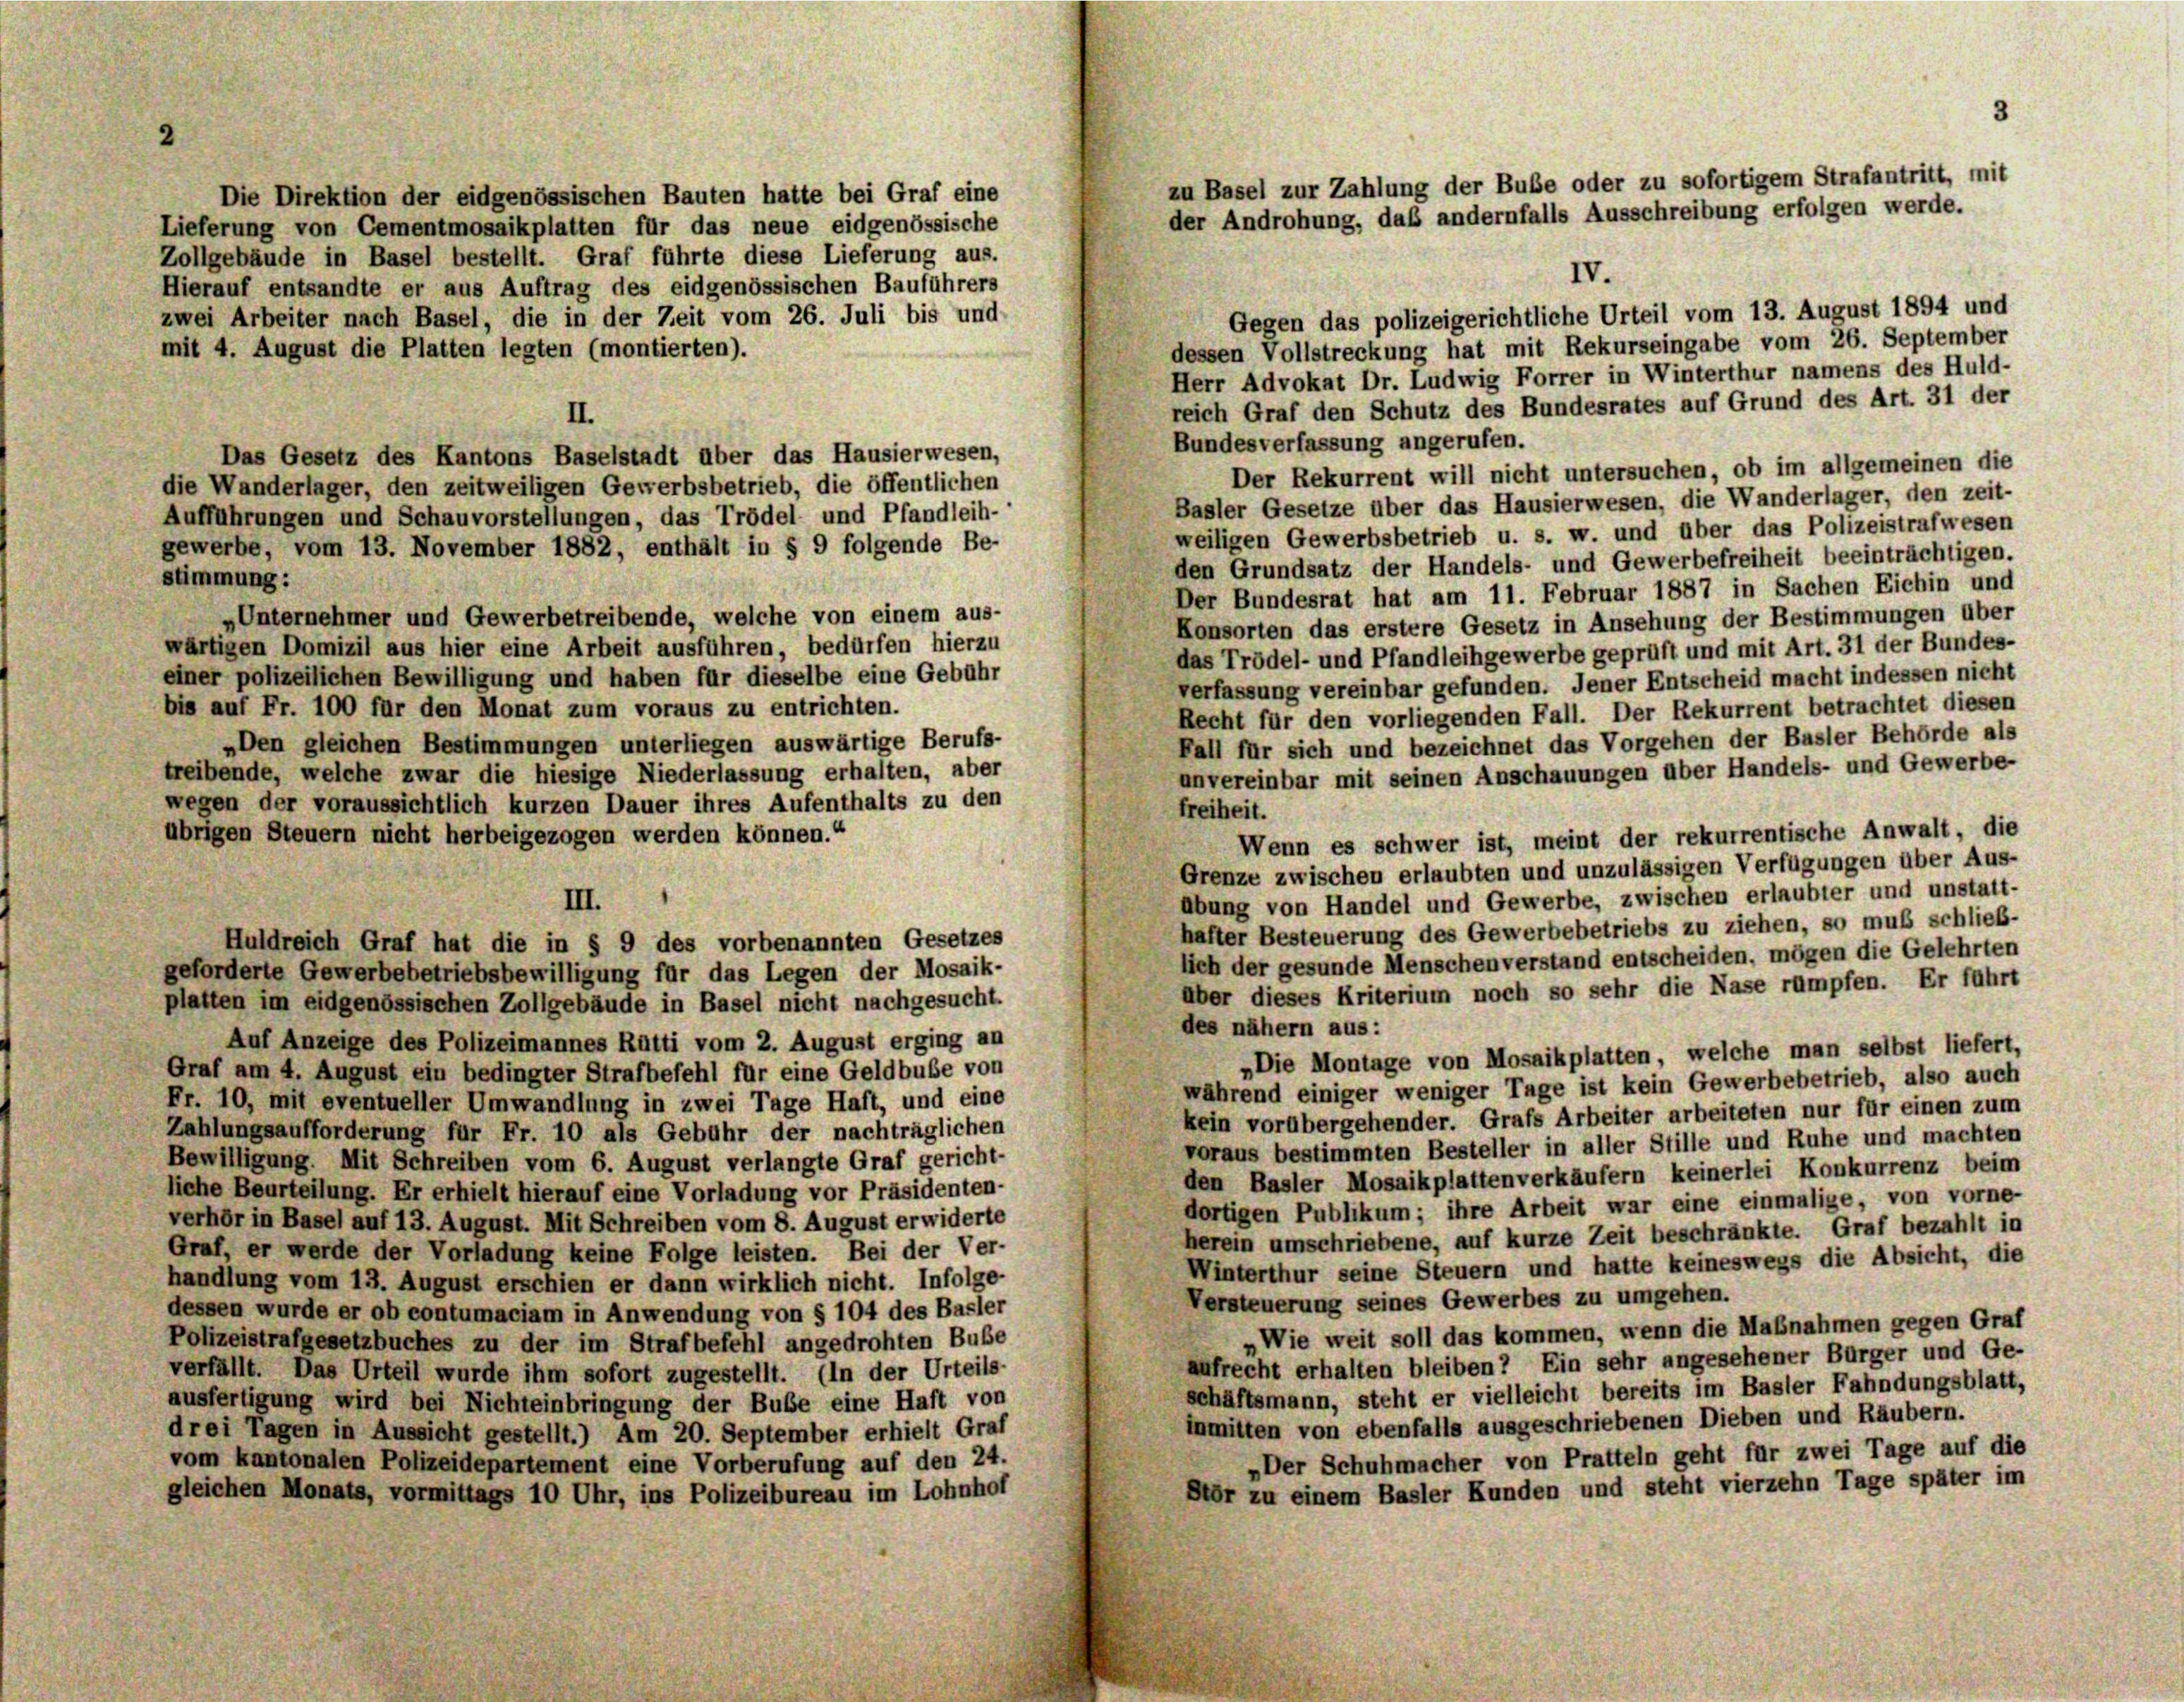
Die Direktion der eidgenössischen Bauten hatte bei Graf eine
Lieferung von Cementmosaikplatten für das neue eidgenössische
Zollgebäude in Basel bestellt. Graf führte diese Lieferung aus.
Hierauf entsandte er aus Auftrag des eidgenössischen Bauführers
Gegen das polizeigerichtliche Urteil vom 13. August 1894 und
zwei Arbeiter nach Basel, die in der Zeit vom 26. Juli bis und
dessen Vollstreckung hat mit Rekurseingabe vom 26. September
mit 4. August die Platten legten (montierten).
Herr Advokat Dr. Ludwig Forrer in Winterthur namens des Huld-
reich Graf den Schutz des Bundesrates auf Grund des Art. 31 der
II.
Bundesverfassung angerufen.
Das Gesetz des Kantons Baselstadt über das Hausierwesen,
Der Rekurrent will nicht untersuchen, ob im allgemeinen die
die Wanderlager, den zeitweiligen Gewerbsbetrieb, die öffentlichen
Basler Gesetze über das Hausierwesen, die Wanderlager, den zeit-
Aufführungen und Schauvorstellungen, das Trödel und Pfandleih-
weiligen Gewerbsbetrieb u. s. w. und über das Polizeistrafwesen
gewerbe, vom 13. November 1882, enthält in § 9 folgende Be-
den Grundsatz der Handels- und Gewerbefreiheit beeinträchtigen.
stimmung:
Der Bundesrat hat am 11. Februar 1887 in Sachen Eichin und
„Unternehmer und Gewerbetreibende, welche von einem aus-
Konsorten das erstere Gesetz in Ansehung der Bestimmungen über
wärtigen Domizil aus hier eine Arbeit ausführen, bedürfen hierzu
das Trödel- und Pfandleihgewerbe geprüft und mit Art. 31 der Bundes-
einer polizeilichen Bewilligung und haben für dieselbe eine Gebühr
verfassung vereinbar gefunden. Jener Entscheid macht indessen nicht
bis auf Fr. 100 für den Monat zum voraus zu entrichten.
Recht für den vorliegenden Fall. Der Rekurrent betrachtet diesen
Fall für sich und bezeichnet das Vorgehen der Basler Behörde als
„Den gleichen Bestimmungen unterliegen auswärtige Berufs-
unvereinbar mit seinen Anschauungen über Handels- und Gewerbe-
treibende, welche zwar die hiesige Niederlassung erhalten, aber
wegen der voraussichtlich kurzen Dauer ihres Aufenthalts zu den
freiheit.
übrigen Steuern nicht herbeigezogen werden können.“
Wenn es schwer ist, meint der rekurrentische Anwalt, die
Grenze zwischen erlaubten und unzulässigen Verfügungen über Aus-
Abung von Handel und Gewerbe, zwischen erlaubter und unstatt-
III.
hafter Besteuerung des Gewerbebetriebs zu ziehen, so muß schließ-
Huldreich Graf hat die in § 9 des vorbenannten Gesetzes
lich der gesunde Menschen verstand entscheiden, mögen die Gelehrten
geforderte Gewerbebetriebsbewilligung für das Legen der Mosaik-
über dieses Kriterium noch so sehr die Nase rümpfen. Er führt
platten im eidgenössischen Zollgebäude in Basel nicht nachgesucht.
des nähern aus:
Auf Anzeige des Polizeimannes Rütti vom 2. August erging an
„Die Montage von Mosaikplatten, welche man selbst liefert,
Graf am 4. August ein bedingter Strafbefehl für eine Geldbuße von
während einiger weniger Tage ist kein Gewerbebetrieb, also auch
Fr. 10, mit eventueller Umwandlung in zwei Tage Haft, und eine
kein vorübergehender. Grafs Arbeiter arbeiteten nur für einen zum
Zahlungsaufforderung für Fr. 10 als Gebühr der nachträglichen
voraus bestimmten Besteller in aller Stille und Ruhe und machten
Bewilligung. Mit Schreiben vom 6. August verlangte Graf gericht-
den Basler Mosaikplattenverkäufern keinerlei Konkurrenz beim
liche Beurteilung. Er erhielt hierauf eine Vorladung vor Präsidenten-
dortigen Publikum; ihre Arbeit war eine einmalige, von vorne-
verhör in Basel auf 13. August. Mit Schreiben vom 8. August erwiderte
herein umschriebene, auf kurze Zeit beschränkte. Graf bezahlt in
Graf, er werde der Vorladung keine Folge leisten. Bei der Ver-
Winterthur seine Steuern und hatte keineswegs die Absicht, die
handlung vom 13. August erschien er dann wirklich nicht. Infolge-
Versteuerung seines Gewerbes zu umgehen.
dessen wurde er ob contumaciam in Anwendung von § 104 des Basler
Wie weit soll das kommen, wenn die Maßnahmen gegen Graf
Polizeistrafgesetzbuches zu der im Strafbefehl angedrohten Bube
aufrecht erhalten bleiben? Ein sehr angesehener Bürger und Ge-
verfällt. Das Urteil wurde ihm sofort zugestellt. (In der Urteils-
schäftsmann, steht er vielleicht bereits im Basler Fahndungsblatt,
ausfertigung wird bei Nichteinbringung der Bube eine Haft von
inmitten von ebenfalls ausgeschriebenen Dieben und Räubern.
drei Tagen in Aussicht gestellt.) Am 20. September erhielt Graf
„Der Schuhmacher von Pratteln geht für zwei Tage auf die
vom kantonalen Polizeidepartement eine Vorberufung auf den 24.
Por zu einem Basler Kunden und steht vierzehn Tage später im
gleichen Monats, vormittags 10 Uhr, ins Polizeibureau im Lohnhof

zu Basel zur Zahlung der Buße oder zu sofortigem Strafantritt, mit
der Androhung, daß andernfalls Ausschreibung erfolgen werde.

IV.